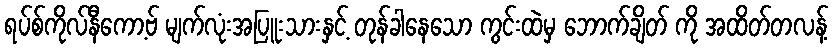
ရပ်စ်ကိုလ်နီကော့ဗ် မျက်လုံးအပြူးသားနှင့် တုန်ခါနေသော ကွင်းထဲမှ ဘောက်ချိတ် ကို အထိတ်တလန့်